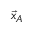
{ \vec { x } } _ { A }